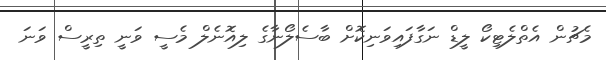
މެޗުން އެތްލެޓިކޯ ލީޑް ނަގާފައިވަނިކޮށް ބާސެލޯނާގެ ލިއޮނެލް މެސީ ވަނީ ތިރީސް ވަނަ